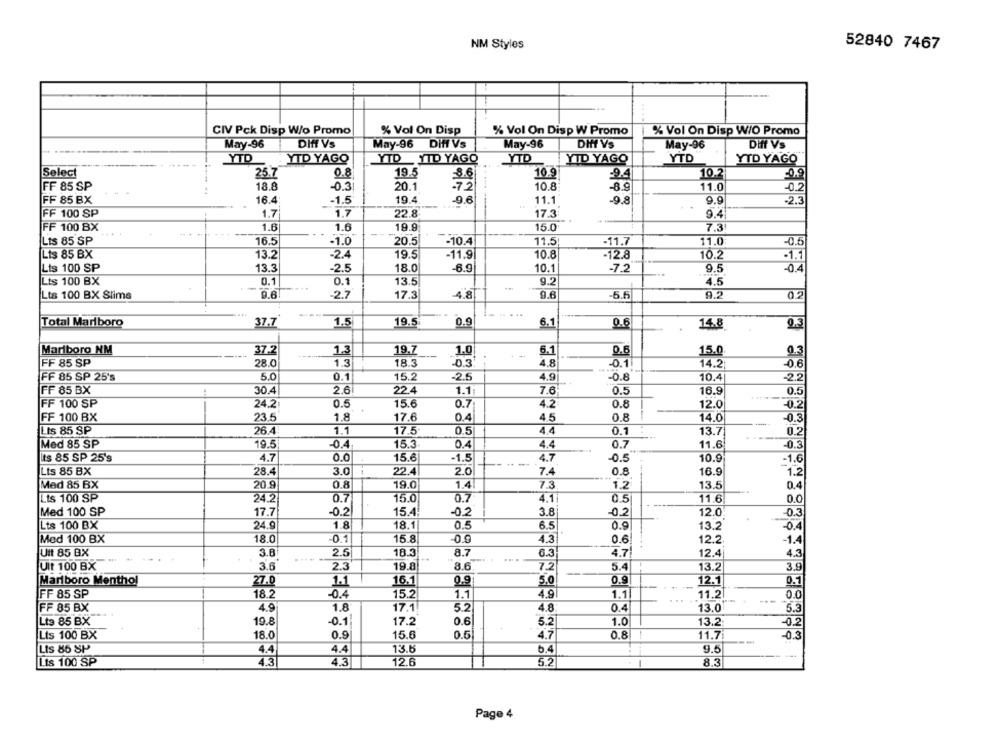
NM Styles
52840 7467
CIV Pck Disp W/o Promo
% Vol On Disp
% Vol On Disp W Promo
% Vol On Disp W/O Promo
May-96
DIft VS
May-96 Diff VS
May-96
DHff V's
May-96
Diff V's
YTD
YTD YAGO
YTD YTD YAGO
YTD
YID YAGO
YTD
YTD YAGO
Select
25.7
0.8
19.5
8.6
10.9
94
10.2
0.9
18.8
-0.3
20.1
75
10.8
FF 85 SP
-8.9
11.0
-0.2
FF 85 BX
16.4
-1.5
19.4
9.6
11.1
-9.8
9.9
-2.3
FF 100 SP
1.7
1.7
22.8
17.3
9.4
FF 100 BX
1.6
1.6
19.9
15.0
7.3
...
Lts 85 SP
16.5
-1.0
20.5
-10.4
11.5
-11.7
11.0
-0.5
Lis 85 BX
13.2
-2.4
19.5
-11.9
10.8
-12.8
10.2
-1.1
Lis 100 SP
13.3
-2.5
18.0
-6.9
10.1
9.5
-0.4
-7.2
Lts 100 BX
0.1
0.1
13.5
9.2
4.5
Lts 100 BX Slims
9.6
-2.7
17.3
-4.8
9.6
5.f
9.2
...
Total Marlboro
37.7
1.5
19.5
0.9
6.1
14.8
Marlboro NM
37.2
1.3
19.7
1.0
6.1
0.6
15.0
0.3
FF 85 SP
28.0
1.3
18.3
-0.3
4.8
-0.1
14.2
-0.6
FF 85 SP 25's
5.0
0.1
15.2
-2.5
4.9
-0.8
10.4
-2.2
FF 85 BX
30.4
2.6
22.4
1.1:
7.6
0.5
16.9
0.5
FF 100 SP
24.2
0.5
15.6
0.7
4.2
0.8
12.0
-0.2
1.8
FF 100 BX
23.5
17.6
0.4
4.5
0.8
14.0
-0.3
Lts 85 SP
26.4
1.1
17.5
0.5
4.4
0.1
13.7
0.2
Med 85 SP
19.5
-0.4
15.3
0.4
4.4
0.7
11.6
-0.3
Its 85 SP 25's
4.7
0.0
15.6
-1.5
4.7
-0.5
10.9
-1.6
Lts 85 BX
28.4
3.0
1
22.4
2.0
7.4
0.8
16.9
1.2
Med 85 BX
20.9
0.8
19.0
1.4
7.3
1.2
13.5
0.4
Lis 100 SP
24.2
0.7
15.0
0.7
4.1
11.6
0.0
0.5
Med 100 SP
17.7
-0.2
15.4
-0.2
3.8
-0.2
12.0
-0.3
Lts 100 BX
24.9
1.8
18.1
0.5
6.5
0.9
13.2
-0.4
Med 100 BX
18.0
-0.1
15.8
-0.9
4.3
0.6
12.2
-1.4
Uit 85 BX
3.8
2.5
18.3
8.7
6.3
4.7
12.4
4.3
Uit 100 BX
3.6
2.3
19.8
8.6
7.2
5.4
13.2
3.9
0.9
Marlboro Menthol
27.0
1.1
16.1
0.9
5.0
12.1
0.1
FF 85 SP
18.2
15.2
1.1
4.9
1.1
11.2
0.0
-0.4
FF 85 BX
4.9
1.8
17.1
4.8
0.4
13.0
5.3
Lts 85 BX
19.8
-0.1
17.2
0.6
5.2
1.0
13.2
-0.2
Lts 100 BX
18.0
0.9
15.6
0.5
4.7
0.8
11.7
-0.3
Lts 85 SP
4.4
4.4
13.6
b.4
9.5
Lts 100 SP
4.3
4.3
12.6
5.2
8.3
Page 4